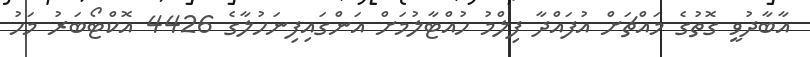
އާބާދުވީ ގޮތުގެ މައްޗަށް އުފައްދާ ފިލްމު ހުއްޓާލުމަށް އަންގައިފިނަހުލާގެ 4426 އޮކްޓޯބަަރު މަހު